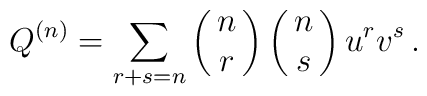
Q^{(n)} = \sum_{r+s=n} \pmatrix{n \cr r} \pmatrix{n \cr s} u^r v^s\,.